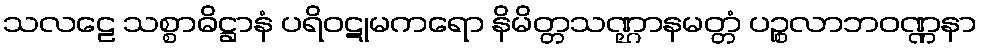
သလဠေ သစ္စာဓိဋ္ဌာနံ ပရိဝဋုမကရော နိမိတ္တသဏ္ဌာနမတ္တံ ပဉ္စလာဘဝဏ္ဏနာ